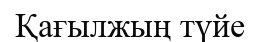
Қағылжың түйе